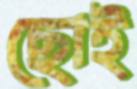
ছোই